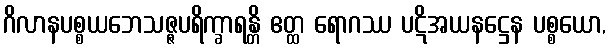
ဂိလာနပစ္စယဘေသဇ္ဇပရိက္ခာရန္တိ ဧတ္ထ ရောဂဿ ပဋိအယနဋ္ဌေန ပစ္စယော,